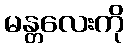
မန္တလေးကို